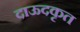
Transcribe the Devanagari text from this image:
दाऊदकृत